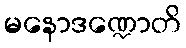
မနောဒဏ္ဍောတိ